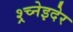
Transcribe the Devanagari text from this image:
श्र्च्नेइदेर